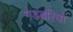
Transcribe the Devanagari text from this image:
गडबरियों